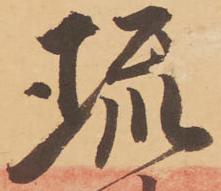
琉